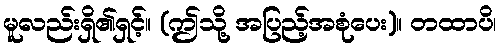
မူလည်းရှိ၏ရှင့်။ (ဤသို့ အပြည့်အစုံပေး)။ တထာပိ၊